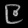
Digit: ၉